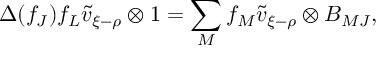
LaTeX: \Delta ( f _ { J } ) f _ { L } \tilde { v } _ { \xi - \rho } \otimes 1 = \sum _ { M } f _ { M } \tilde { v } _ { \xi - \rho } \otimes B _ { M J } ,